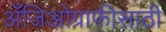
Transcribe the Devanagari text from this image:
अँजिओग्राफीसाठी